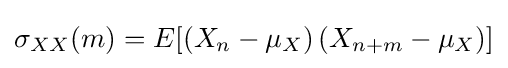
\sigma _{XX}(m)=E[(X_{n}-\mu _{X})\,(X_{n+m}-\mu _{X})]